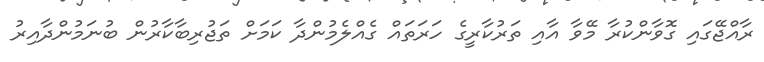
ރާއްޖޭގައި ގޮވާންކުރާ މޭވާ އާއި ތަރުކާރީގެ ހަރަތައް ގެއްލެމުންދާ ކަމަށް ތަޖުރިބާކާރުން ބުނަމުންދާއިރު